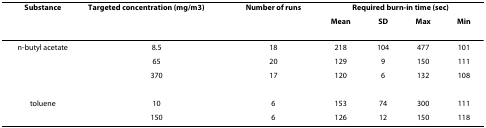
<table><thead><tr><td><b>Substance</b></td><td><b>Targeted concentration (mg/m<sup>3</sup>)</b></td><td><b>Number of runs</b></td><td colspan="4"><b>Required burn-in time (sec)</b></td></tr><tr><td></td><td></td><td></td><td><b>Mean</b></td><td><b>SD</b></td><td><b>Max</b></td><td><b>Min</b></td></tr></thead><tbody><tr><td>n-butyl acetate</td><td>8.5</td><td>18</td><td>218</td><td>104</td><td>477</td><td>101</td></tr><tr><td></td><td>65</td><td>20</td><td>129</td><td>9</td><td>150</td><td>111</td></tr><tr><td></td><td>370</td><td>17</td><td>120</td><td>6</td><td>132</td><td>108</td></tr><tr><td>toluene</td><td>10</td><td>6</td><td>153</td><td>74</td><td>300</td><td>111</td></tr><tr><td></td><td>150</td><td>6</td><td>126</td><td>12</td><td>150</td><td>118</td></tr></tbody></table>